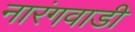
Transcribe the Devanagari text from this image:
नारंगवाडी